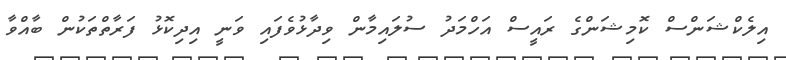
އިލެކްޝަންސް ކޮމިޝަންގެ ރައީސް އަހްމަދު ސުލައިމާން ވިދާޅުވެފައި ވަނީ އިދިކޮޅު ފަރާތްތަކުން ބާއްވާ